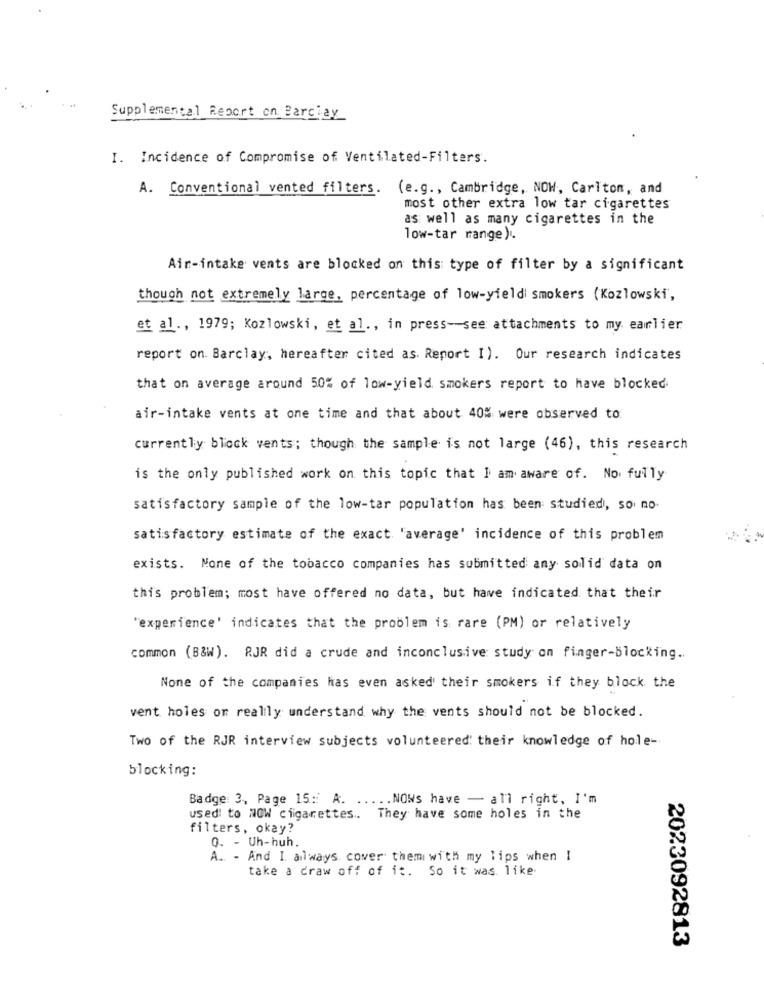
Supplemental Report on Barclay
I. Incidence of Compromise of Ventilated-Filters.
A. Conventional vented filters. (e.g ., Cambridge, NOW, Carlton, and
most other extra low tar cigarettes
as well as many cigarettes in the
low-tar range).
Air-intake vents are blocked on this type of filter by a significant
though not extremely large, percentage of low-yield smokers (Kozlowski,
et al ., 1979; Kozlowski, et al ., in press-see attachments to my earlier
report on. Barclay, hereafter cited as. Report I). Our research indicates
that on average around 50% of low-yield smokers report to have blocked
air-intake vents at one time and that about 40% were observed to
currently block vents; though the sample is not large (46), this research
is the only published work on this topic that I am aware of. No fully
satisfactory sample of the low-tar population has been studied, so no-
satisfactory estimate of the exact 'average' incidence of this problem
exists. None of the tobacco companies has submitted any solid data on
this problem; most have offered no data, but have indicated that their
"experience' indicates that the problem is rare (PM) or relatively
common (B&W). RJR did a crude and inconclusive study on finger-Blocking ..
None of the companies has even asked their smokers if they block the
vent holes on really understand why the vents should not be blocked.
Two of the RJR interview subjects volunteered their knowledge of hole-
blocking:
Badge 3, Page 15: A. ..... NOWs have - all right, I'm
used to NOW cigarettes .. They have some holes in the
filters, okay?
Q. - Uh-huh.
A. - And I always cover them with my lips when I
take a draw off of it. So it was like
2023092813